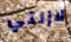
لازلتي